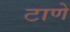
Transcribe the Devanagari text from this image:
टाणे